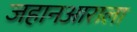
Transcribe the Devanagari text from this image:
जहानआराला